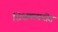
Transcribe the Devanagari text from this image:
शिक्षणाकरीत